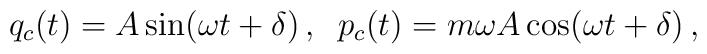
q_c ( t ) = A \sin ( \omega t + \delta ) \, , \; \;p_c ( t ) = m \omega A \cos ( \omega t + \delta ) \, ,